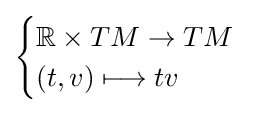
{\begin{cases}\mathbb {R} \times TM\to TM\\(t,v)\longmapsto tv\end{cases}}